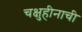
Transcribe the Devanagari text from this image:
चक्षुहीनाची